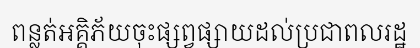
ពន្លត់អគ្គិភ័យចុះផ្សព្វផ្សាយដល់ប្រជាពលរដ្ឋ